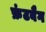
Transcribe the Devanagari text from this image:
फ्रंटबैग